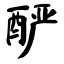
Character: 酽